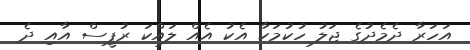
އަހަރާ ދެމެދުގެ ޖަލު ހުކުމަކާ އެކު އެއް ލައްކަ ރުޕީސް އާއި ދެ